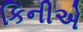
કિનીએ